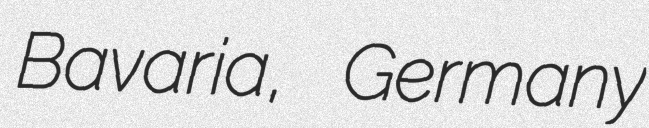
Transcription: Bavaria, Germany